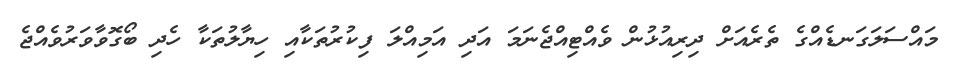
މައްސަލަގަނޑެއްގެ ތެރެއަށް ދިރިއުޅުން ވެއްޓިއްޖެނަމަ އަދި އަމިއްލަ ފިކުރުތަކާއި ހިޔާލުތަކާ ހެދި ބޯގޮވާވަރުވެއްޖެ